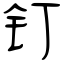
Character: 钉